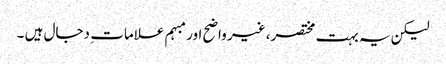
لیکن یہ بہت مختصر، غیر واضح اور مبہم علامات ِ دجال ہیں ۔